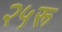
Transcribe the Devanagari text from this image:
२५रू